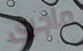
ماجرى